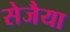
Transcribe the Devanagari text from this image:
सेजैया